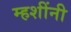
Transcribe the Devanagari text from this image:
म्हशींनी